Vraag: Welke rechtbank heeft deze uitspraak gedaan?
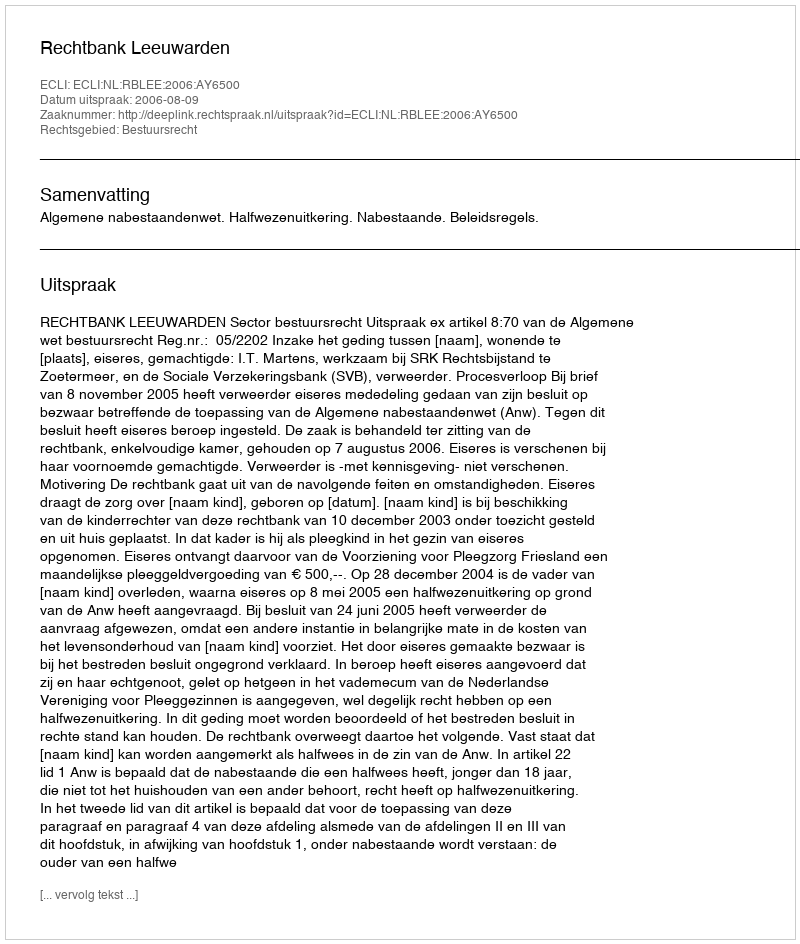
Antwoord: Rechtbank Leeuwarden